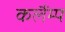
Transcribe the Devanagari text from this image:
कलैंम्प